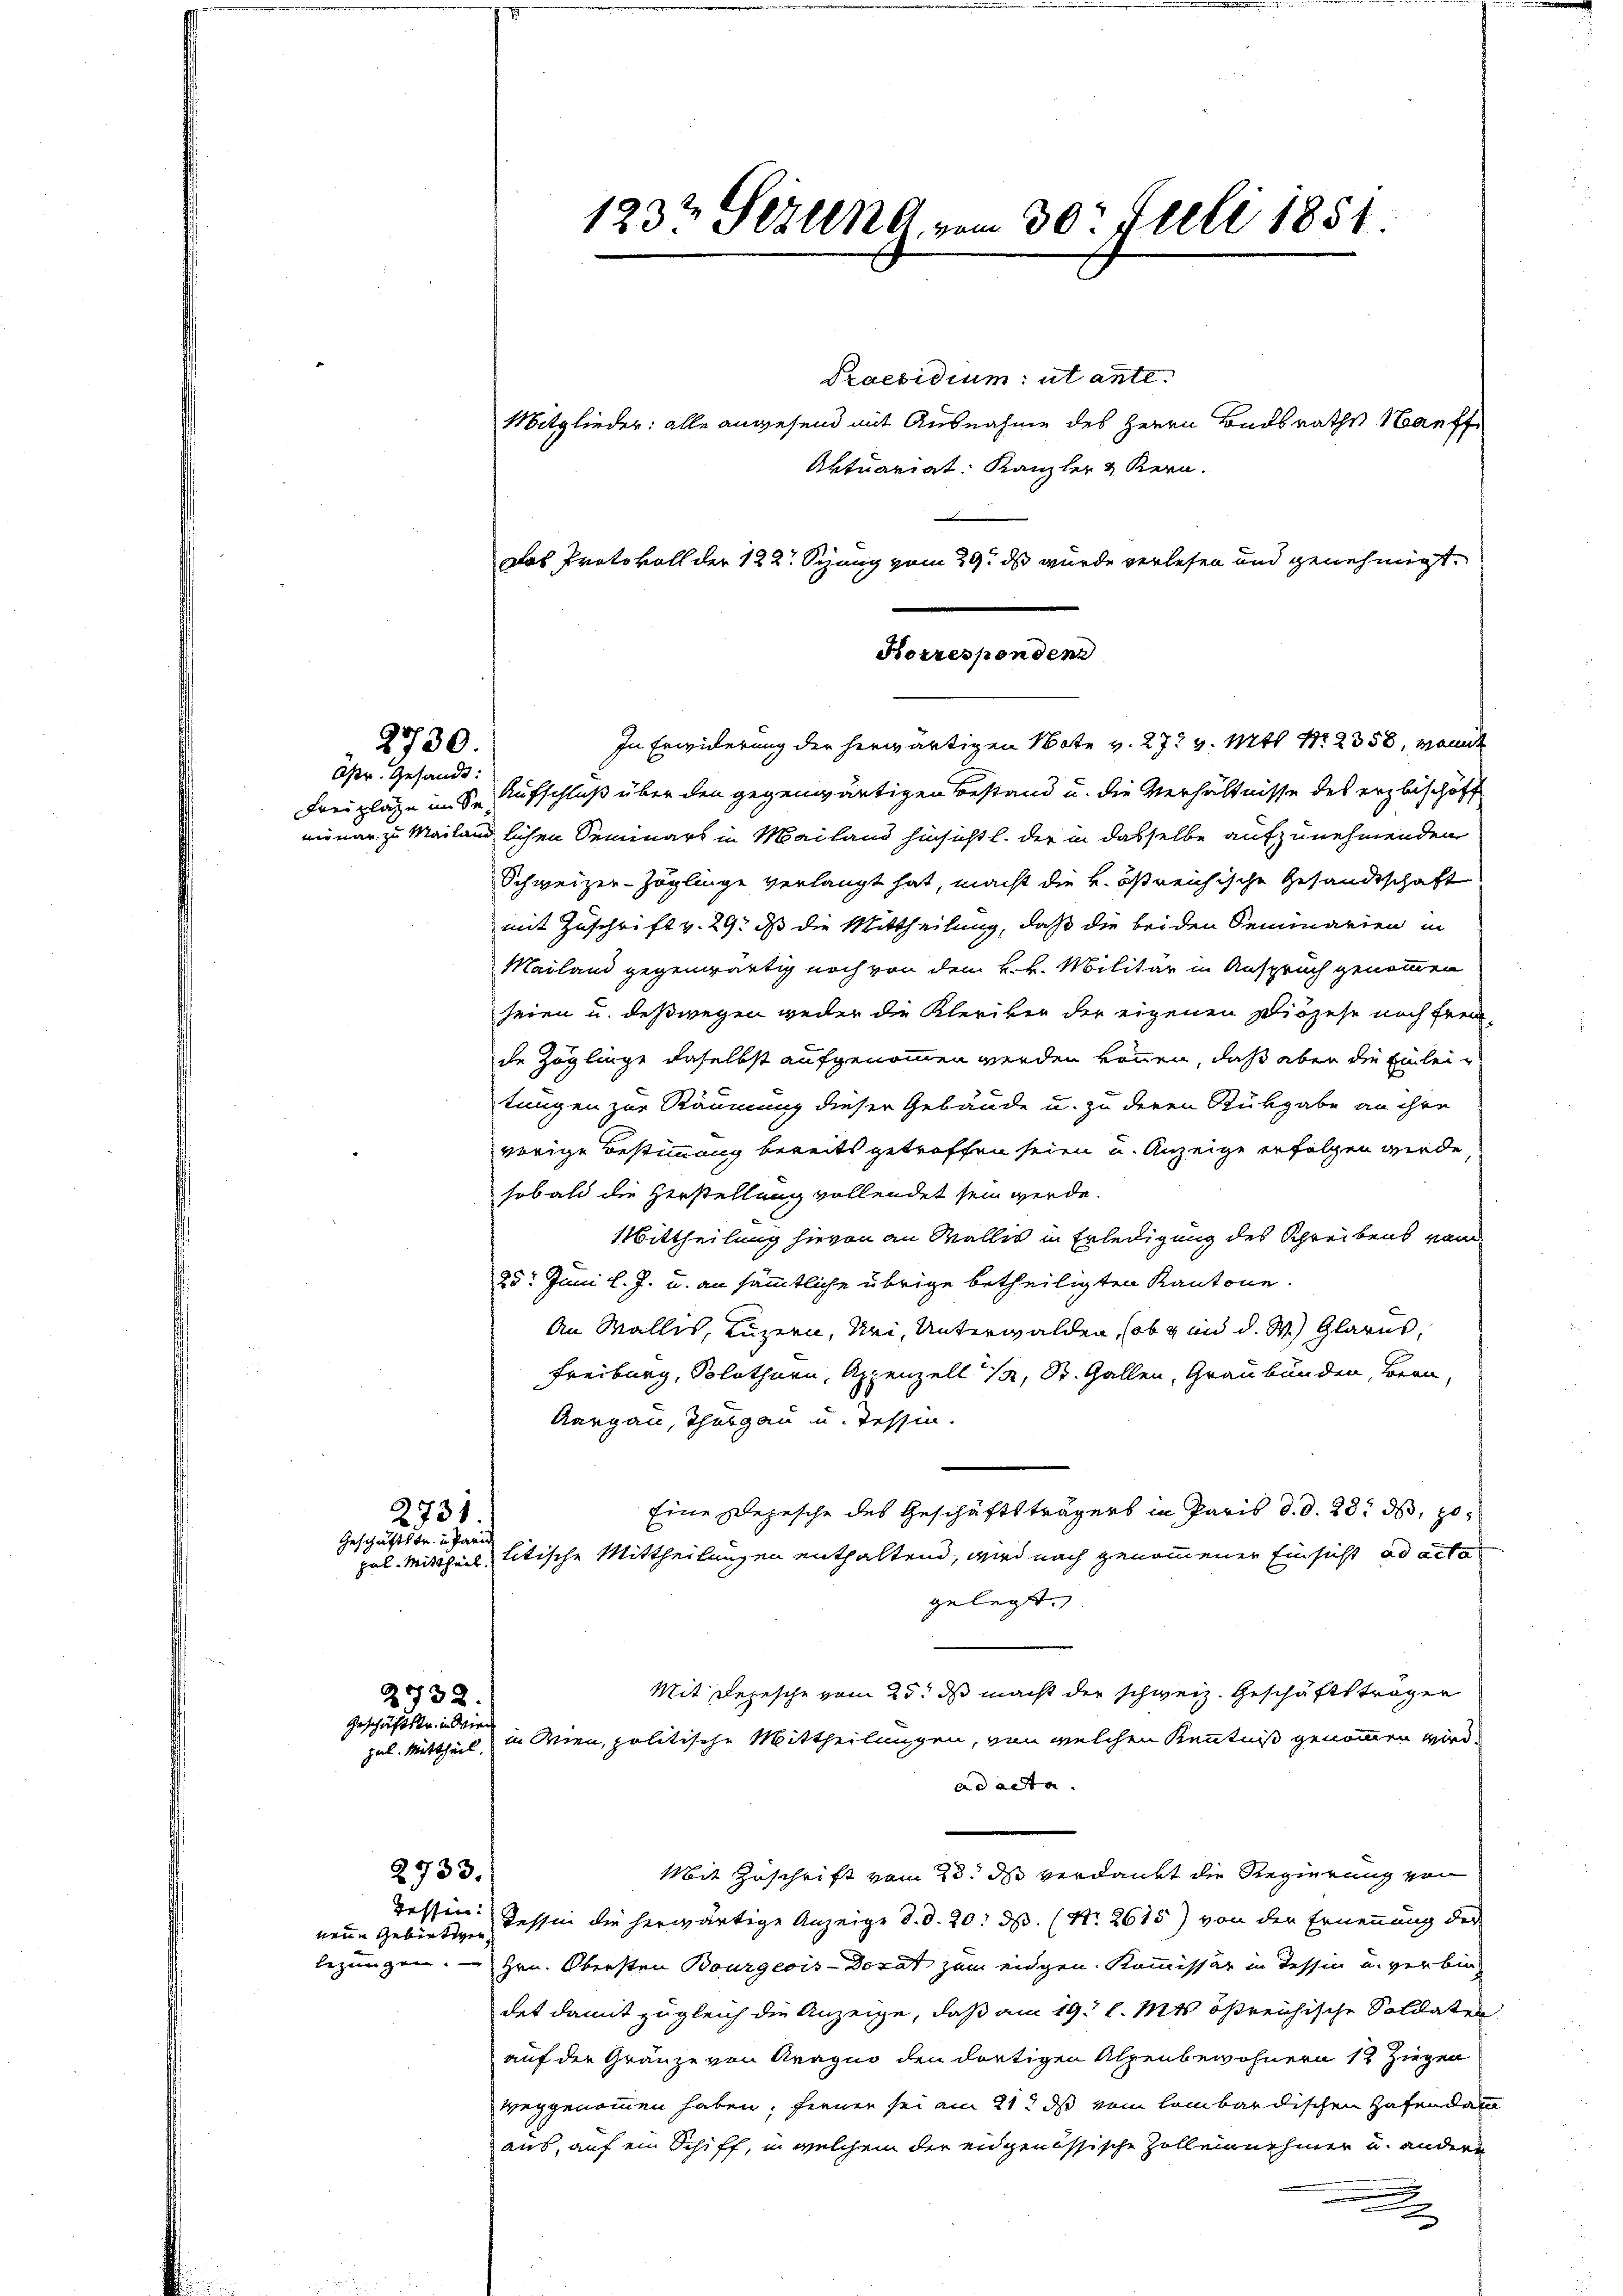
Opr. Gesandt:
Freizlage im Se¬

2730.

2731.
Geschäftstr. in Pari

2732.
Geschriftstr. in dien
pul. Mittheil.

2733.

neue Gebietigen

Mitglieder: alle anwesend mit Ausnahme des Herrn Badsrathe auff
Aktuariat. Kanzler & Kern.
Das Protokoll der 122. Seng vom 29. ds wurde verlesen und genehmigt.

Korresponden
In Erwiderung der herwärtigen Note v. 27t v. Mts. Nr. 2358, womit

Aufschluß über den gegenwärtigen Bestand u. die Verhältnisse des erzbischaft
minar zu Mailändlichen Seminars in Mailand hinsicht l. der in dasselbe aufzunehmenden
Schweizer-Zöglinge verlangt hat, macht die k. östreichische Gesandtschaft
mit Zuschrift v. 29. ds die Mittheilung, daß die beiden Seminarien in
Mailand gegenwärtig noch von den k. k. Militär in Anspruch genommen
seien u. deßwegen weder die Kleriker der eigenen Diözese noch freu-
de Zöglinge daselbst aufgenommen werden können, daß aber die Einleitungen zur Räumung dieser Gebäude u. zu deren Rükgabe an ihre
vorige Bestimmung bereits getroffen seien u. Anzeige erfolgen werde
sobald die Herstellung vollendet sein werde.
Mittheilung hievon an Wallis in Erledigung des Schreibens vom
25. Juni l. J. u. an sämmtliche übrige betheiligten Kantone.
An Wallis, Luzern, Uri, Unterwalden, (ob und d. W.) Glarus,
Freiburg, Solothurn, Appenzell 1, St. Gallen, Graubünden, Bern,
Aargau, Thurgau u. Tessin.
Eine Depesche des Geschäftsträgers in Paris d. d. 28. ds, popal. Mittheil, litische Mittheilungen enthaltend, wird nach genommenen Einsicht ad acta
gelegt.
Mit Depesche vom 25. ds macht der schweiz. Geschäftsträger
in Wien, politische Mittheilungen, von welchen Kenntniß genommen wird.
aracte.
Mit Zuschrift vom 23. ds verdankt die Regierung von
Tessen: Tessin die herwärtige Anzeige d. d. 20. ds. (Nr. 2615) von der Ernennung der
legungen. Hrn. Obersten Bourgeois-Dorat zum eidgen. Kommissär in Tessin und verbindet damit zugleich die Anzeige, daß am 19. l. Mts östreichische Soldaten
auf der Gränze von Aragno den dortigen Alpenbewohnern 12 Ziegen
weggenommen haben; ferner sei am 21t ds vom lombardischen Hafendan
aus, auf ein Schiff, in welchem der eidgenössische Zoll einnehmer und andere

123t Serend vom 30t Juli 1851.

Praesidium ut ante.

.